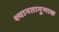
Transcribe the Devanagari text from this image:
श्यानतागुणाक